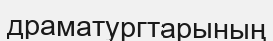
драматургтарының